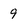
Character: 9